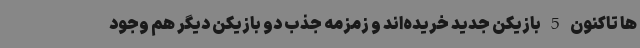
ها تاکنون 5 بازیکن جدید خریده‌اند و زمزمه جذب دو بازیکن دیگر هم وجود